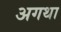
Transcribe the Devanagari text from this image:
अगथा